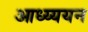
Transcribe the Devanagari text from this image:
आध्य्ययन